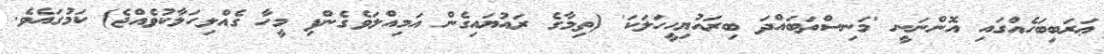
ޢަރަބިބަހެއްގައި އޮންނަނީ 'މަނިސްތަބައްދަ ބިރައުޔިހީހަލަކަ' (ތިމާގެ ރައުޔައިގެން އަމިއްލަވެގެންފި މީހާ ގެއްލިހަލާކުވެއްޖެ) ކަމުގައެވެ.